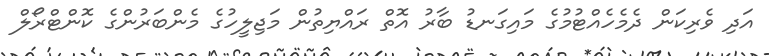
އަދި ވެރިކަން ދެމެހެއްޓުމުގެ މައިގަނޑު ބާރު އޮތް ރައްޔިތުން މަޖިލީހުގެ މެންބަރުންގެ ކޮންޓްރޯލް